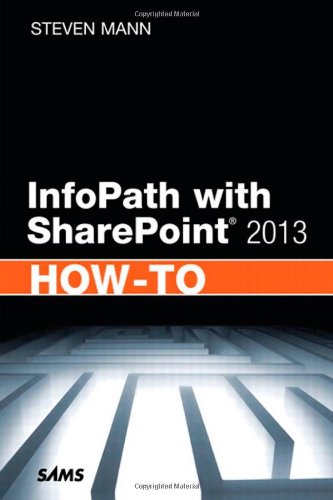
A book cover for InfoPath with SharePoint 2013 How-To; Steven Mann; Computers & Technology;